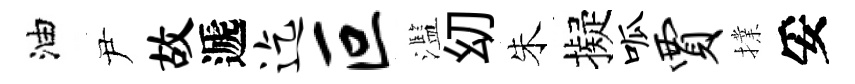
油尹故遞迄叵濫㓜朱擬呱贾擈妥